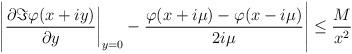
LaTeX: \begin{align*} \left|\frac{\partial\Im\varphi(x+iy)}{\partial y}\bigg|_{y=0} - \frac{\varphi(x+i\mu)-\varphi(x-i\mu)}{2i\mu}\right|\le \frac{M}{x^2} \end{align*}